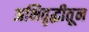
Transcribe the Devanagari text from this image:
अभिवृद्धीतून